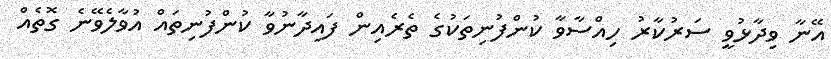
އޭނާ ވިދާޅުވީ ސަރުކާރު ހިއްސާވާ ކުންފުނިތަކުގެ ތެރެއިން ފައިދާނުވާ ކުންފުނިތައް އުވާލެވޭނެ ގޮތެއް